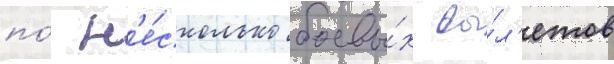
по́ н'е́сколько боевы́х вы́л'етов